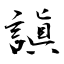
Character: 謓